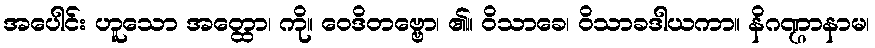
အပေါင်း ဟူသော အတ္ထော၊ ကို။ ဝေဒိတဗ္ဗော၊ ၏။ ဝိသာခေ၊ ဝိသာခဒါယကာ။ နိဂဏ္ဌာနာမ၊